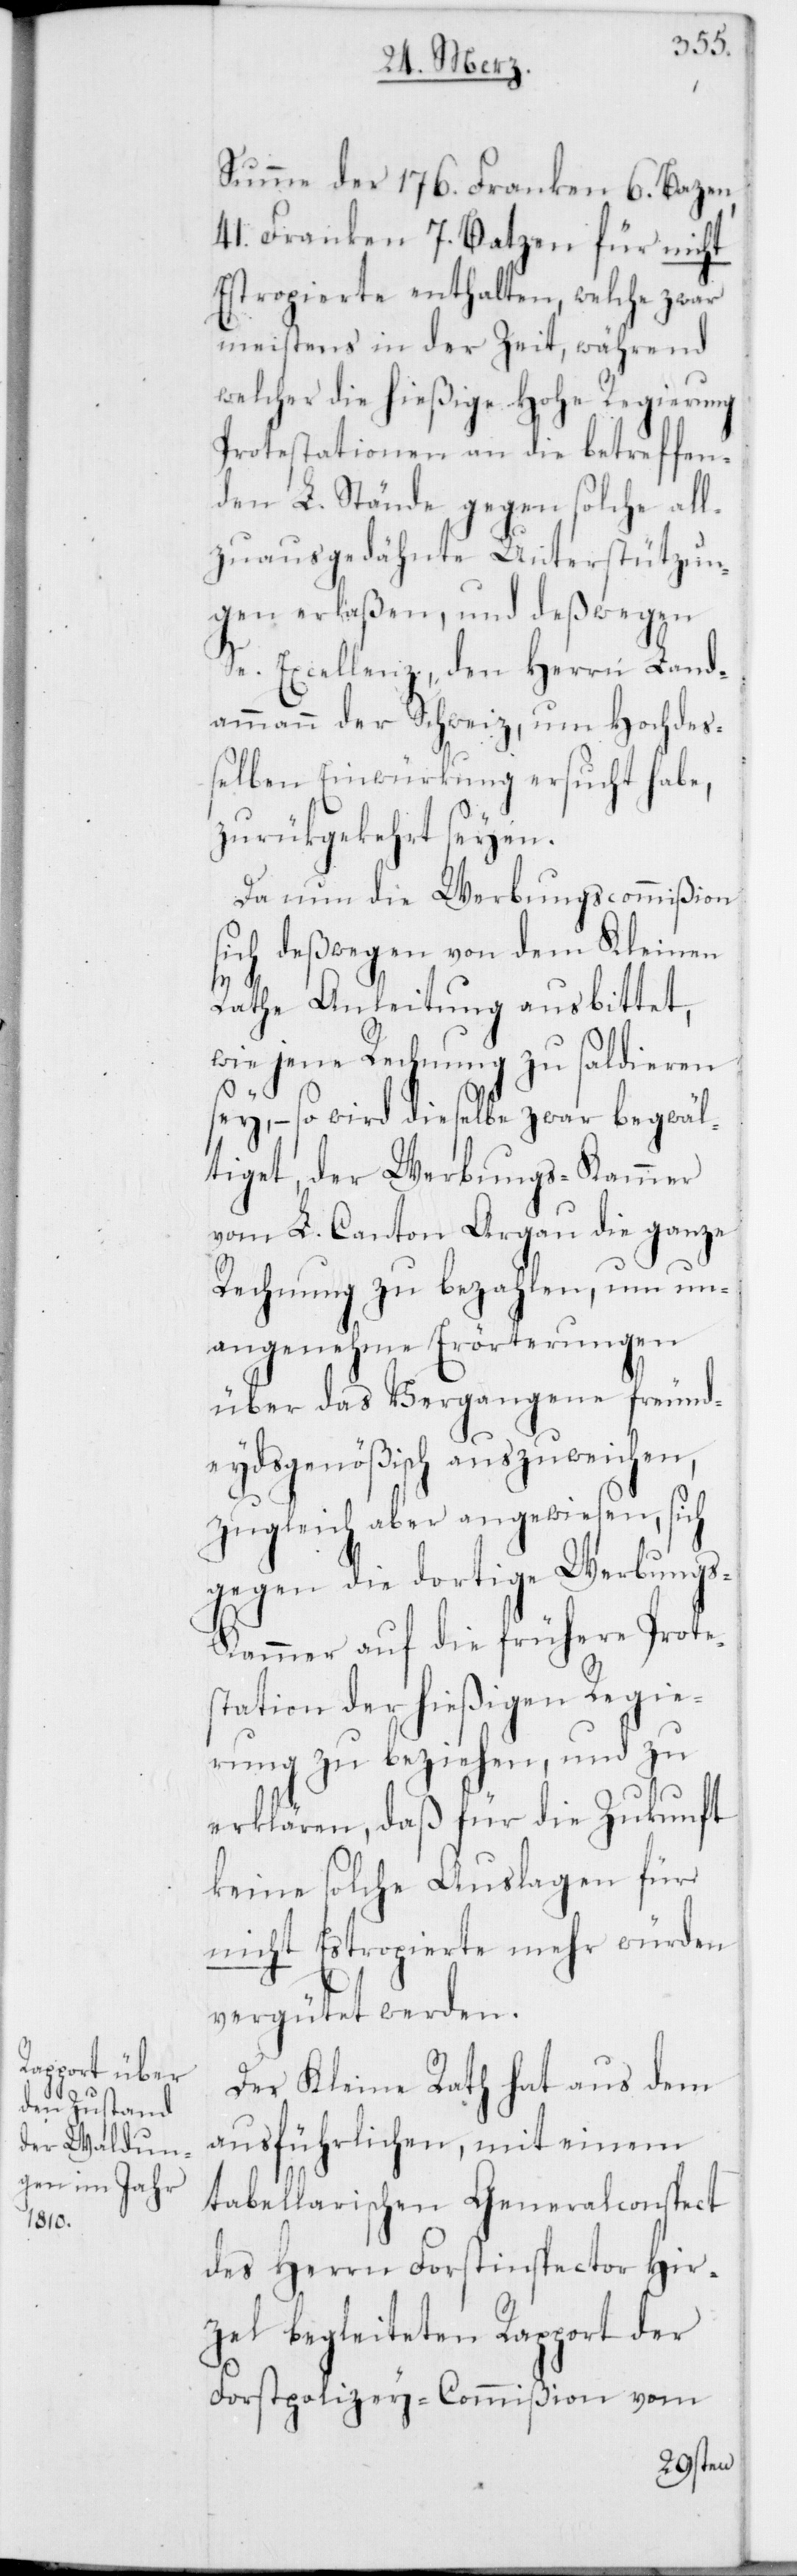
summe der 176. Franken 6. Bazen,
41. Franken 7. Batzen für nicht
Estrogierte enthalten, welche zwar
meistens in der Zeit, während
welcher die hießige Hohe Regierung
Protestationen an die betreffen¬
den L. Stände gegen solche all¬
zu ausgedehnte Unterstützun¬
gen erlaßen, und deßwegen
Se. Excellenz, den Herrn Land¬
ammann der Schweiz, um Hochdeß¬
elben Einwürkung ersucht habe,
zurükgekehrt seyen.
Da nun die Werbungscommißion
sich deßwegen von dem Kleinen
Rathe Anleitung ausbittet,
wie jene Rechnung zu saldieren
sey, – so wird dieselbe zwar begwäl¬
tiget, der Werbungs-Kammer
vom L. Canton Argau die ganze
Rechnung zu bezahlen, um un¬
angenehme Erörterungen
über das Vergangene freund¬
eydsgenößisch auszuweichen,
zugleich aber angewiesen, sich
gegen die dortige Werbung¬
s-Kammer auf die frühere Prote¬
station der hießigen Regie¬
rung zu beziehen, und zu
erklären, daß für die Zukonft
keine solche Auslagen für
nicht Estropierte mehr würden
vergütet werden.
Der Kleine Rath hat aus dem
ausführlichen, mit einem
tabellarischen Generalconspect
des Herrn Forstinspector Hir¬
zel begleiteten Rapport der
Forstpolizey-Commißion vom